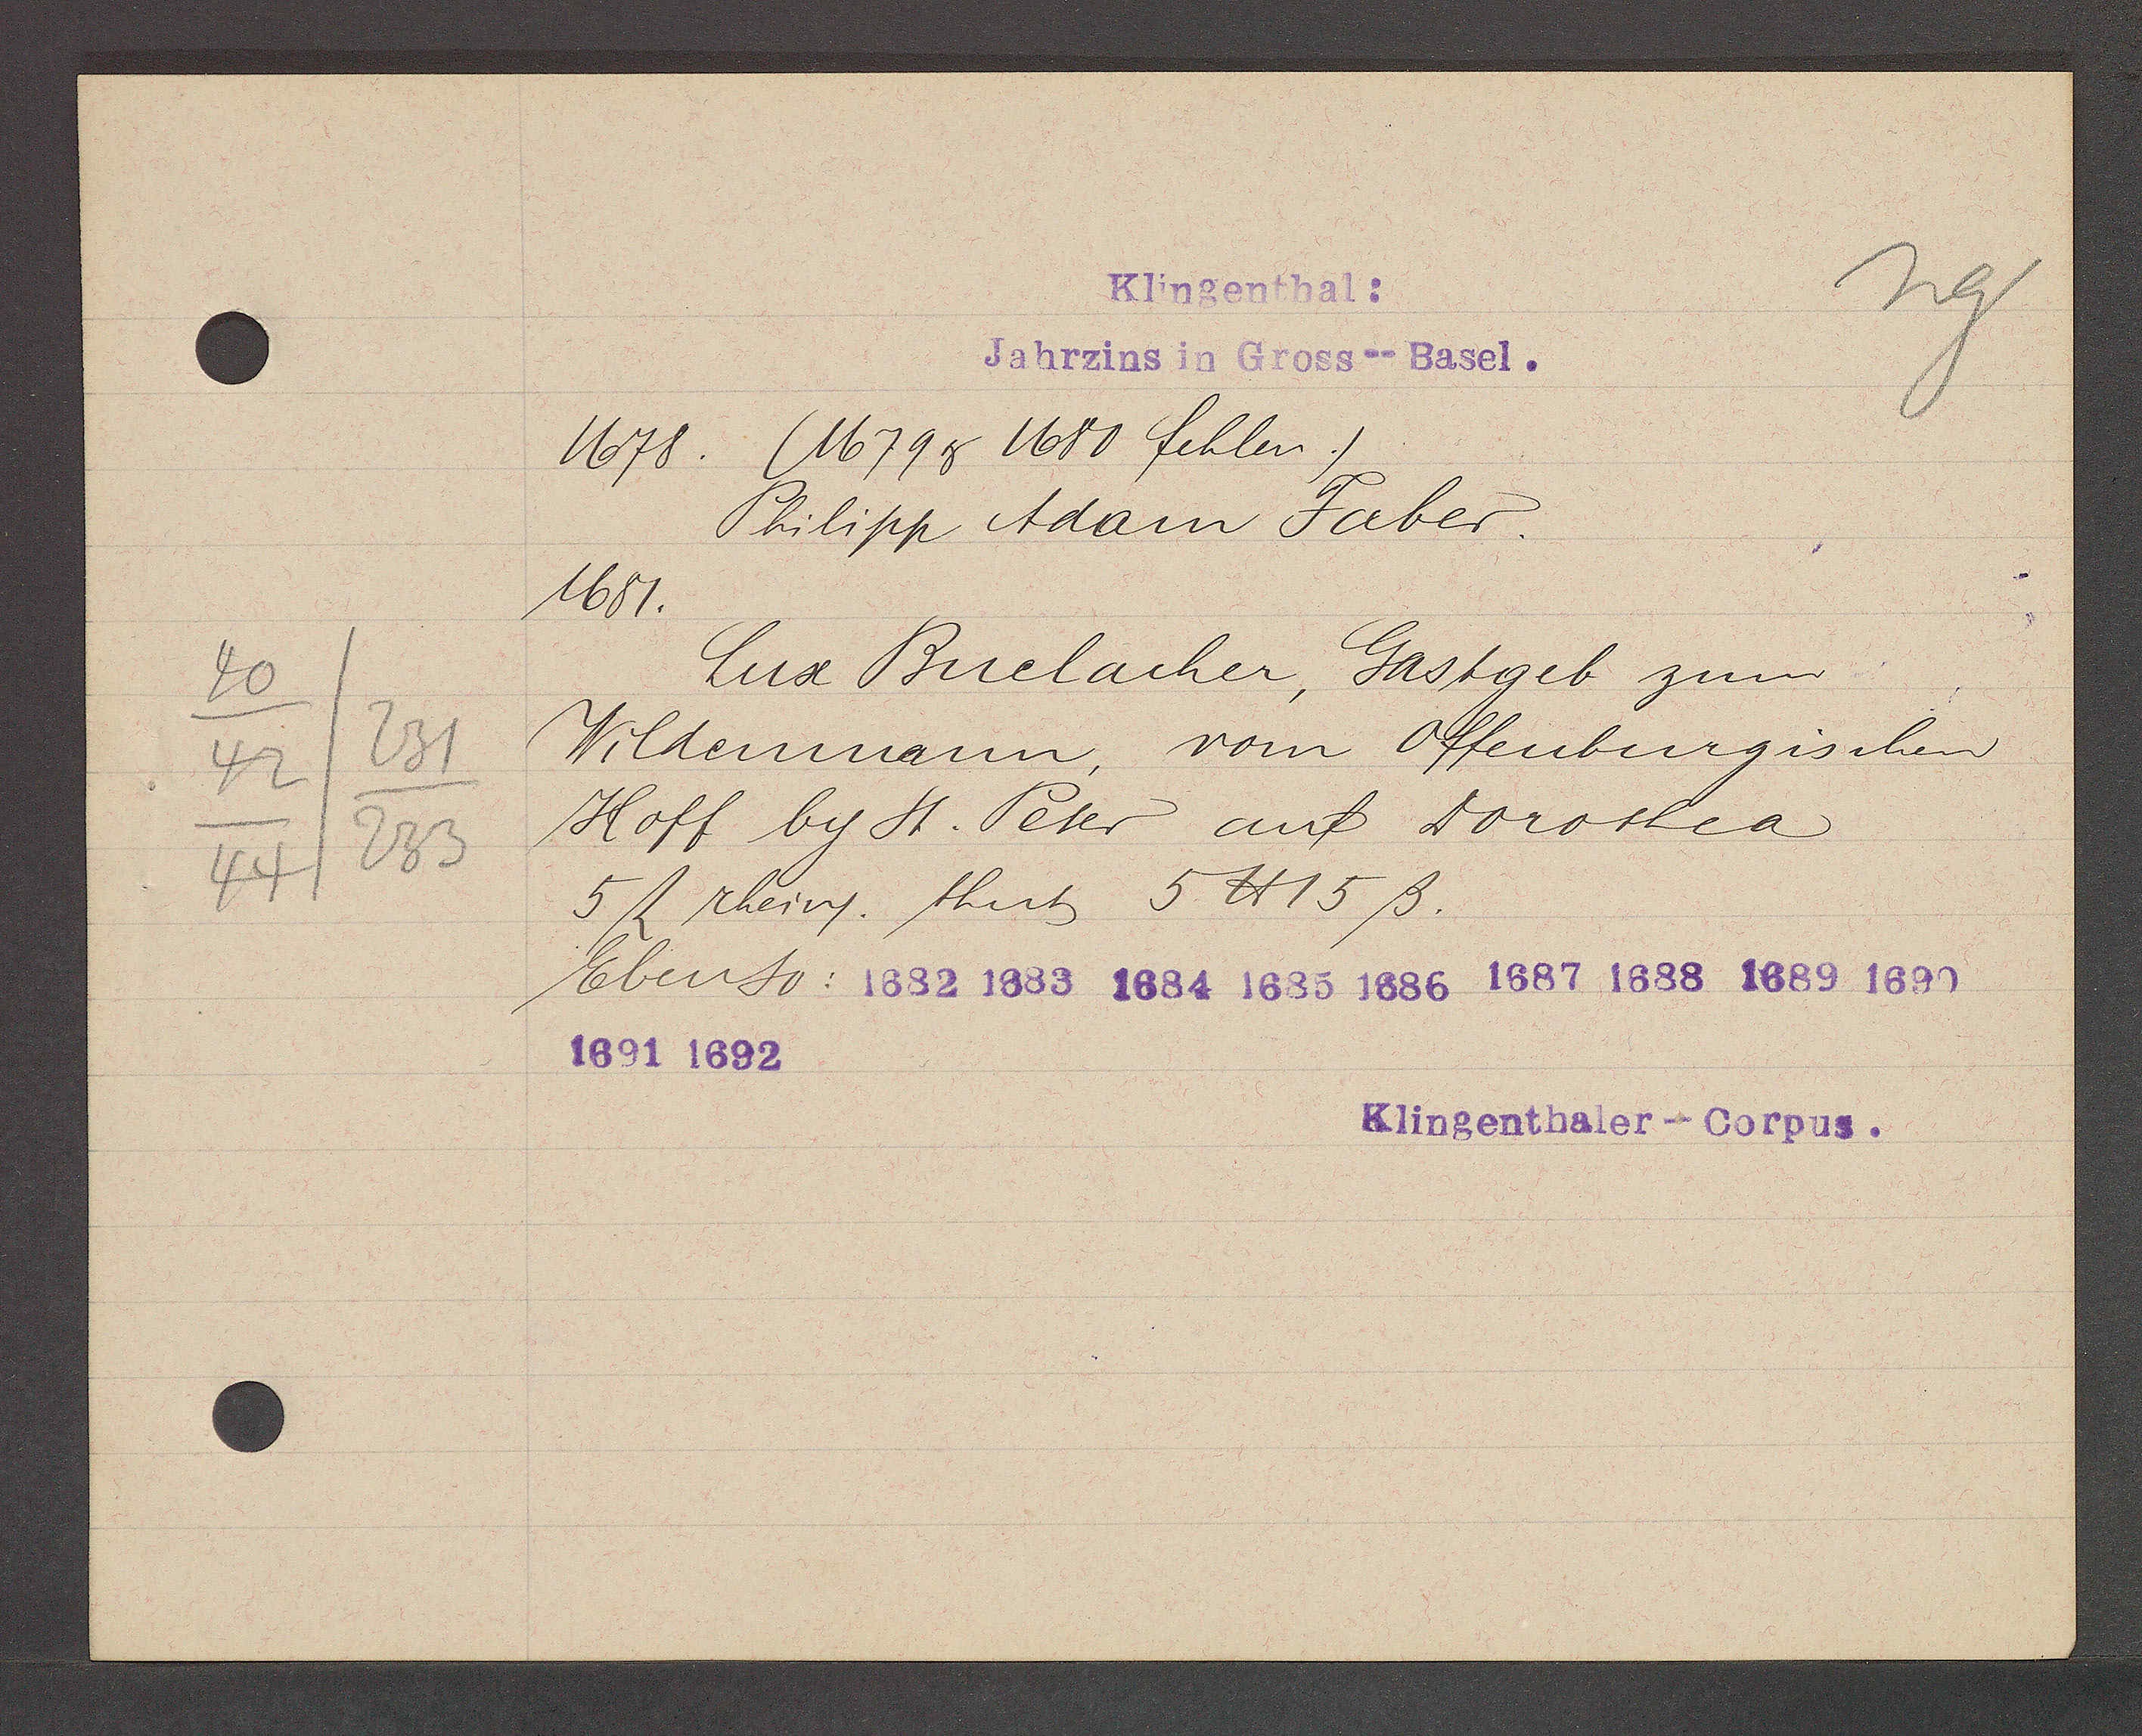
Transcript:
40
42/231
44/233

Kligenthal:

1678. (1679 & 1680 fehlen.)
1681.
Wildenmann, vom Offenburgischen
Hoff by St. Peter auf Dorothea
5 ﬂ rhein. thut 5 ℔ 15 ß
Ebenso: 1682 1683 1684 1685 1686 1687 1688 1689 1690
1691 1692.
Philipp Adam Faber.
Lux Buelacher, Gastgeb zum
Jahrzins in Gross--Basel.

Klingenthaler--Corpus.